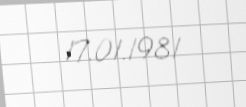
17.01.1981